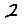
Digit: 2